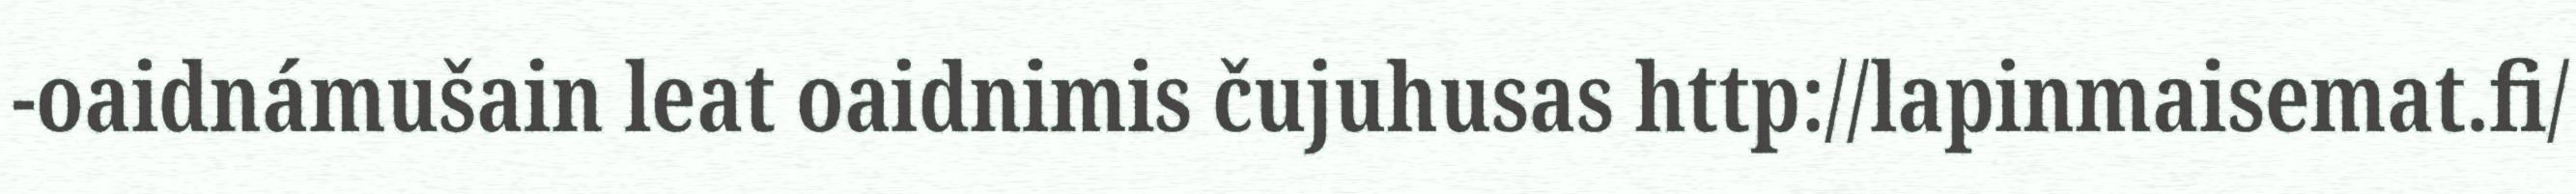
-oaidnámušain leat oaidnimis čujuhusas http://lapinmaisemat.fi/